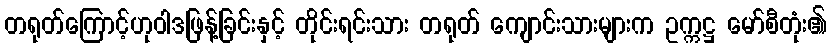
တရုတ်ကြောင့်ဟုဝါဒဖြန့်ခြင်းနှင့် တိုင်းရင်းသား တရုတ် ကျောင်းသားများက ဥက္ကဋ္ဌ မော်စီတုံး၏